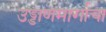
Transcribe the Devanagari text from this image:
उड्डाणमार्गाचा